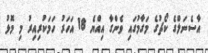
އާސެނަލްގެ ކޯޗުގެ މަގާމުގައި ވެންގާ އިއްޔެ 18 އަހަރު ހަމަކުރިއިރު މި މޮޅު